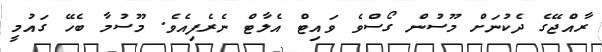
ރާއްޖޭގެ ދެކުނަށް މޫސުން ގޯސްވެ ވައިޓް އެލާޓް ނެރެފިއެވެ. މޫސުމާ ބެހޭ ގައުމީ